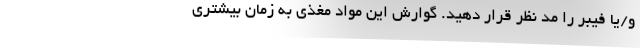
و/یا فیبر را مد نظر قرار دهید. گوارش این مواد مغذی به زمان بیشتری